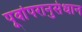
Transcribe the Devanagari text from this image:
पूर्वापरानुसंधान